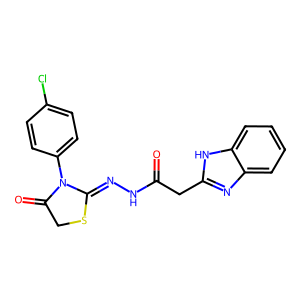
SMILES: O=C(Cc1nc2ccccc2[nH]1)NN=C1SCC(=O)N1c1ccc(Cl)cc1
Inhibits HIV replication: No